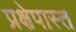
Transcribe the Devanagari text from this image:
प्रक्षेपास्त